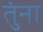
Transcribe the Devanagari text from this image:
तुंना